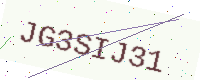
Text: JG3SIJ31